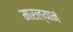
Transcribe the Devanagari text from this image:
मारल्यानं